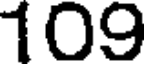
109